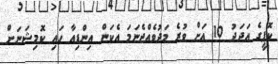
ކޮޕީގެ އަދަދު 10 އަށް ވުރެ މަދުވެއްޖެނަމަ އެކަން އިންޑިއާ ހައި ކޮމިޝަނަށް